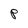
Character: P